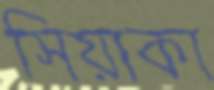
সিয়াকা